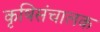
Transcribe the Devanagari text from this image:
कृषिसंचालक